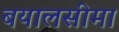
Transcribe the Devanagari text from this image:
बयालसीमा